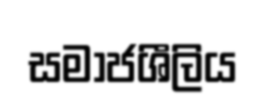
සමාජශීලිය